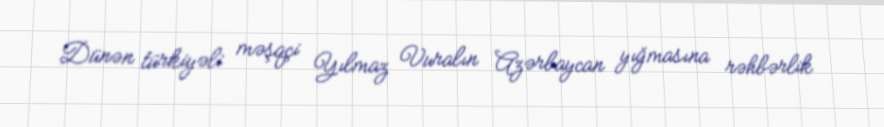
Dünən türkiyəli məşqçi Yılmaz Vuralın Azərbaycan yığmasına rəhbərlik